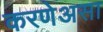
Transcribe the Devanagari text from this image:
करणेअसा